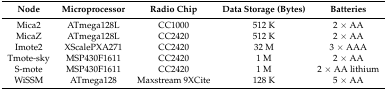
<table><thead><tr><td><b>Node</b></td><td><b>Microprocessor</b></td><td><b>Radio Chip</b></td><td><b>Data Storage (Bytes)</b></td><td><b>Batteries</b></td></tr></thead><tbody><tr><td>Mica2</td><td>ATmega128L</td><td>CC1000</td><td>512 K</td><td>2 × AA</td></tr><tr><td>MicaZ</td><td>ATmega128L</td><td>CC2420</td><td>512 K</td><td>2 × AA</td></tr><tr><td>Imote2</td><td>XScalePXA271</td><td>CC2420</td><td>32 M</td><td>3 × AAA</td></tr><tr><td>Tmote-sky</td><td>MSP430F1611</td><td>CC2420</td><td>1 M</td><td>2 × AA</td></tr><tr><td>S-mote</td><td>MSP430F1611</td><td>CC2420</td><td>1 M</td><td>2 × AA lithium</td></tr><tr><td>WiSSM</td><td>ATmega128</td><td>Maxstream 9XCite</td><td>128 K</td><td>5 × AA</td></tr></tbody></table>